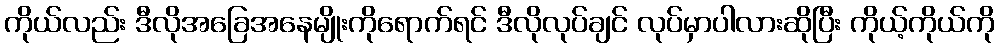
ကိုယ်လည်း ဒီလိုအခြေအနေမျိုးကိုရောက်ရင် ဒီလိုလုပ်ချင် လုပ်မှာပါလားဆိုပြီး ကိုယ့်ကိုယ်ကို